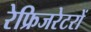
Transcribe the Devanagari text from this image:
रेफ्रिजरेटरों